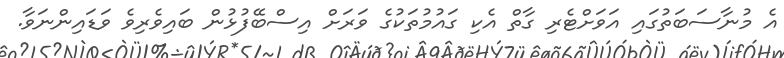
އެ މުނާސަބަތުގައި އަވަށްޓެރި ގާތް އެކި ގައުމުތަކުގެ ވަރަށް އިސްބޭފުޅުން ބައިވެރިވެ ވަޑައިންނަވާ.